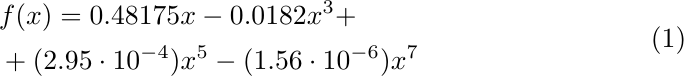
 \begin{equation}\label{eq:polynolmial}
 \begin{split}
 &f(x) = 0.48175x - 0.0182x^{3} + \\
 & +(2.95 \cdot 10^{-4}) x^{5}- (1.56 \cdot 10^{-6}) x^{7}
 \end{split}
 \end{equation}